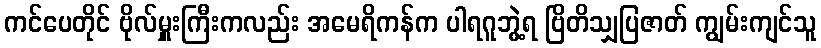
ကင်ပေတိုင် ဗိုလ်မှူးကြီးကလည်း အမေရိကန်က ပါရဂူဘွဲ့ရ ဗြိတိသျှပြဇာတ် ကျွမ်းကျင်သူ